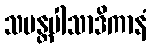
သမန္တပါသာဒိကာနံ